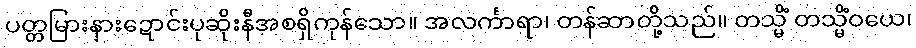
ပတ္တမြားနားဍောင်းပုဆိုးနီအစရှိကုန်သော။ အလင်္ကာရာ၊ တန်ဆာတို့သည်။ တသ္မိံ တသ္မိံဝယေ၊